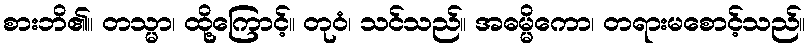
စားဘိ၏။ တသ္မာ၊ ထို့ကြောင့်။ တုဝံ၊ သင်သည်။ အဓမ္မိကော၊ တရားမစောင့်သည်။